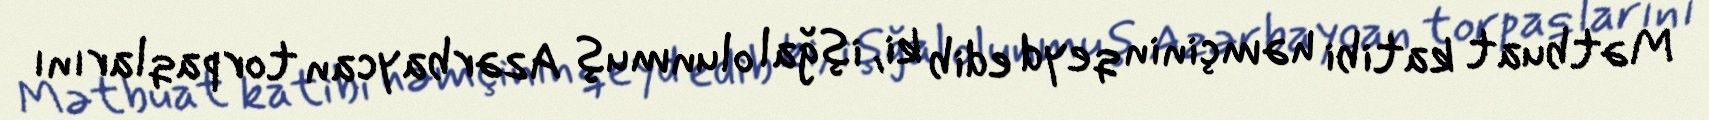
Mətbuat katibi həmçinin qeyd edib ki, işğal olunmuş Azərbaycan torpaqlarını